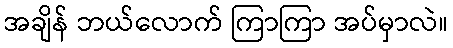
အချိန် ဘယ်လောက် ကြာကြာ အပ်မှာလဲ။